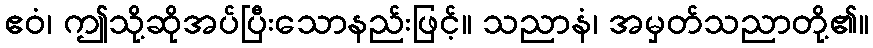
ဧဝံ၊ ဤသို့ဆိုအပ်ပြီးသောနည်းဖြင့်။ သညာနံ၊ အမှတ်သညာတို့၏။